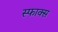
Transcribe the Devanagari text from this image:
स्फाक्स